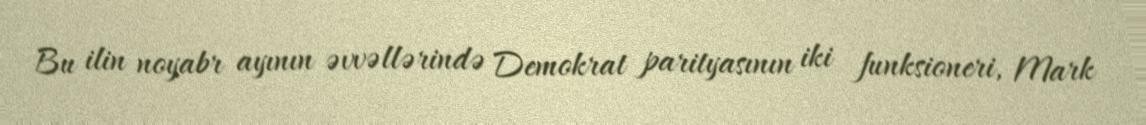
Bu ilin noyabr ayının əvvəllərində Demokrat parityasının iki funksioneri, Mark